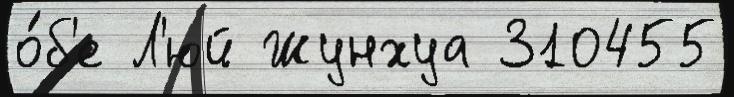
о́б'е Л'юй Жунхуа 310455